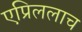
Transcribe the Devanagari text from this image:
एप्रिललाच